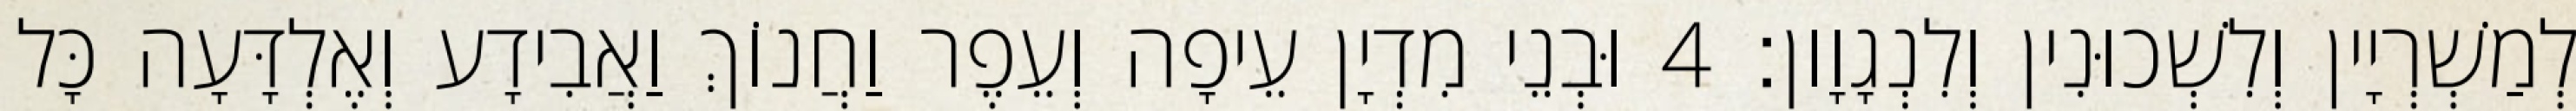
לְמַשְׁרְיָין וְלִשְׁכוּנִין וְלִנְגָוָון׃ 4 וּבְנֵי מִדְיָן עֵיפָה וְעֵפֶר וַחֲנוֹךְ וַאֲבִידָע וְאֶלְדָּעָה כָּל